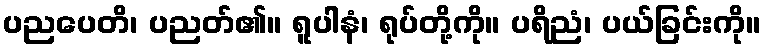
ပညပေတိ၊ ပညတ်၏။ ရူပါနံ၊ ရုပ်တို့ကို။ ပရိညံ၊ ပယ်ခြင်းကို။